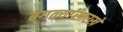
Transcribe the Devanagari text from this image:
बगळ्यांसारखे